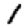
Digit: 1